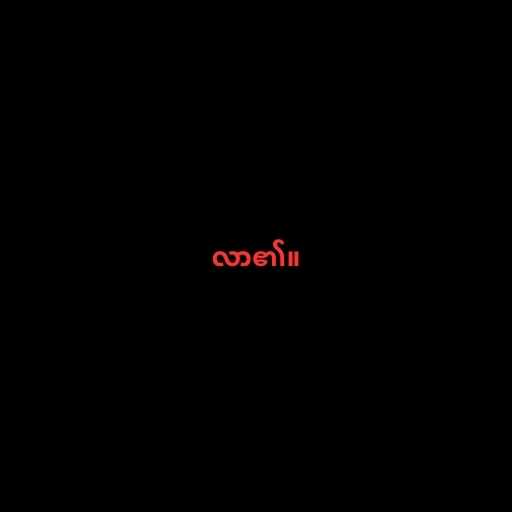
လာ၏။